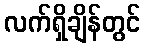
လက်ရှိချိန်တွင်